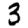
Digit: 3